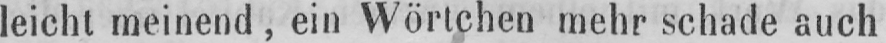
leicht meinend, ein Wörtchen mehr schade auch